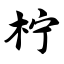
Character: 柠